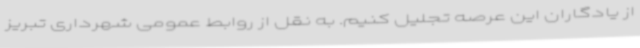
از یادگاران این عرصه تجلیل کنیم. به نقل از روابط عمومی شهرداری تبریز